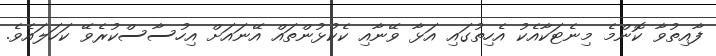
ފާއިތުވާ ކޮންމެ މިނެޓަކާއެކު އެހިތުގައި އަޅާ ވޭނާއި ކެކުޅުންތައް އޭނައަށް އިހުސާސްކުރެވޭ ކަހަލައެވެ.